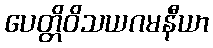
ပေတ္တိဝိသယဂမနီယာ